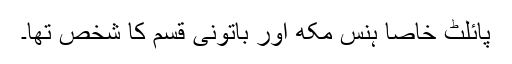
پائلٹ خاصا ہنس مکھ اور باتونی قسم کا شخص تھا۔